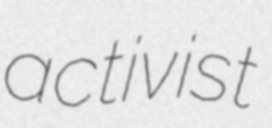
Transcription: activist